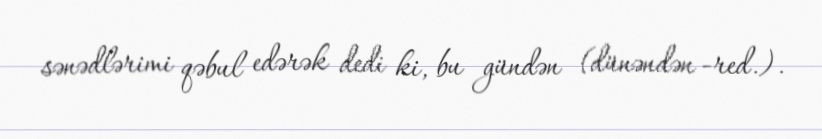
sənədlərimi qəbul edərək dedi ki, bu gündən (dünəndən -red.).